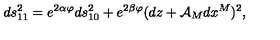
d s _ { 1 1 } ^ { 2 } = e ^ { 2 \alpha \varphi } d s _ { 1 0 } ^ { 2 } + e ^ { 2 \beta \varphi } ( d z + \mathcal { A } _ { M } d x ^ { M } ) ^ { 2 } ,